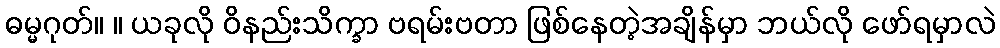
ဓမ္မဂုတ်။ ။ ယခုလို ဝိနည်းသိက္ခာ ဗရမ်းဗတာ ဖြစ်နေတဲ့အချိန်မှာ ဘယ်လို ဖော်ရမှာလဲ